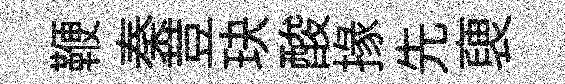
鞭秦荳玦酸掾先褏